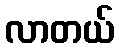
လာတယ်